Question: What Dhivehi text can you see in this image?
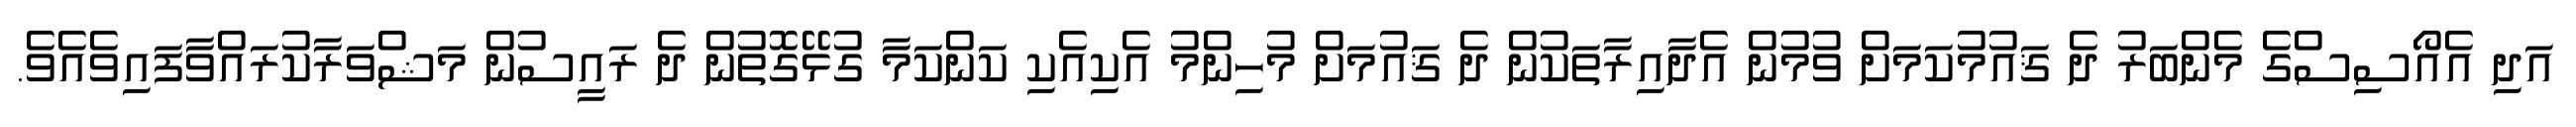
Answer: އަދި އެއޯސިސްގެ މެންބަރު ދެ ޤައުމުކަމަށް ވުމުން އެދާއިރާތަކުން ދެ ޤައުމަށް މުހިންމު އެކިއެކި ކަންކަމާ ގުޅޭގޮތުން ދެ ރައީސުން މަޝްވަރާކުރައްވާފައިވެއެވެ.